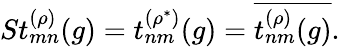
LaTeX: St_{mn}^{(\rho)}(g)=t_{nm}^{(\rho^{\ast})}(g)=\overline{{{t_{nm}^{(\rho)}(g)}}}.